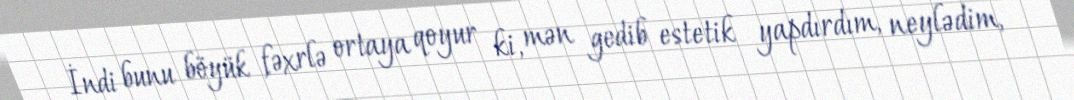
İndi bunu böyük fəxrlə ortaya qoyur ki, mən gedib estetik yapdırdım, neylədim,